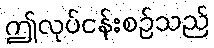
ဤလုပ်ငန်းစဉ်သည်